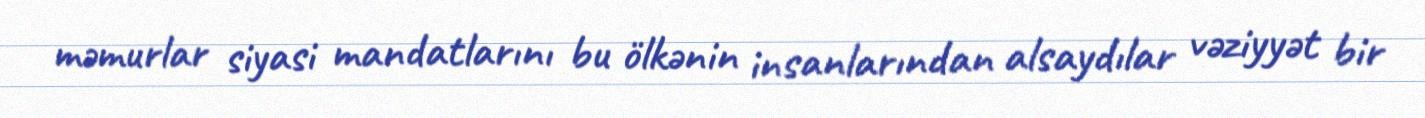
məmurlar siyasi mandatlarını bu ölkənin insanlarından alsaydılar vəziyyət bir